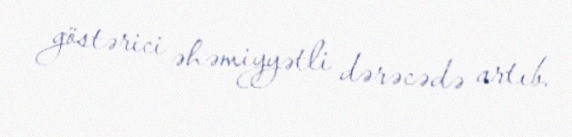
göstərici əhəmiyyətli dərəcədə artıb.